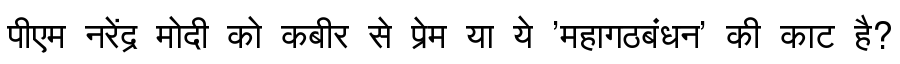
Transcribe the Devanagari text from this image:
पीएम नरेंद्र मोदी को कबीर से प्रेम या ये 'महागठबंधन' की काट है?